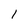
Character: 1